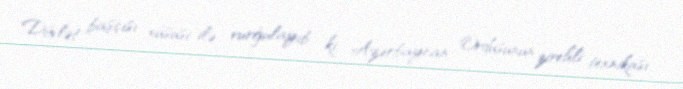
Dövlət başçısı xüsusi ilə vurğulayıb ki, Azərbaycan Ordusunun zirehli texnikası